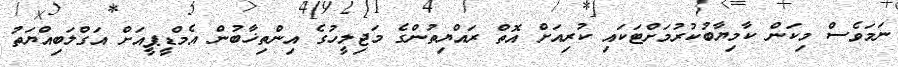
ނަމަވެސް މިކަން ކާމިޔާބުކުރުމަށްޓަކައި ކުރިއަށް އޮތް ރައްޔިތުންގެ މަޖިލީހުގެ އިންތިޚާބުން އެމްޑީޕީއަށް އަގްލަބިއްޔަތު